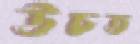
উচত